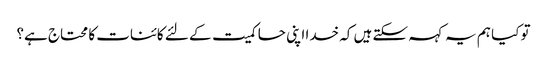
تو کیا ہم یہ کہہ سکتے ہیں کہ خدا اپنی حاکمیت کے لئے کائنات کا محتاج ہے؟